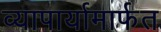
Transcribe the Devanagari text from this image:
व्यापार्यामार्फत